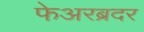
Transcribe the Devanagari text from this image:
फेअरब्रदर